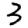
Digit: 3